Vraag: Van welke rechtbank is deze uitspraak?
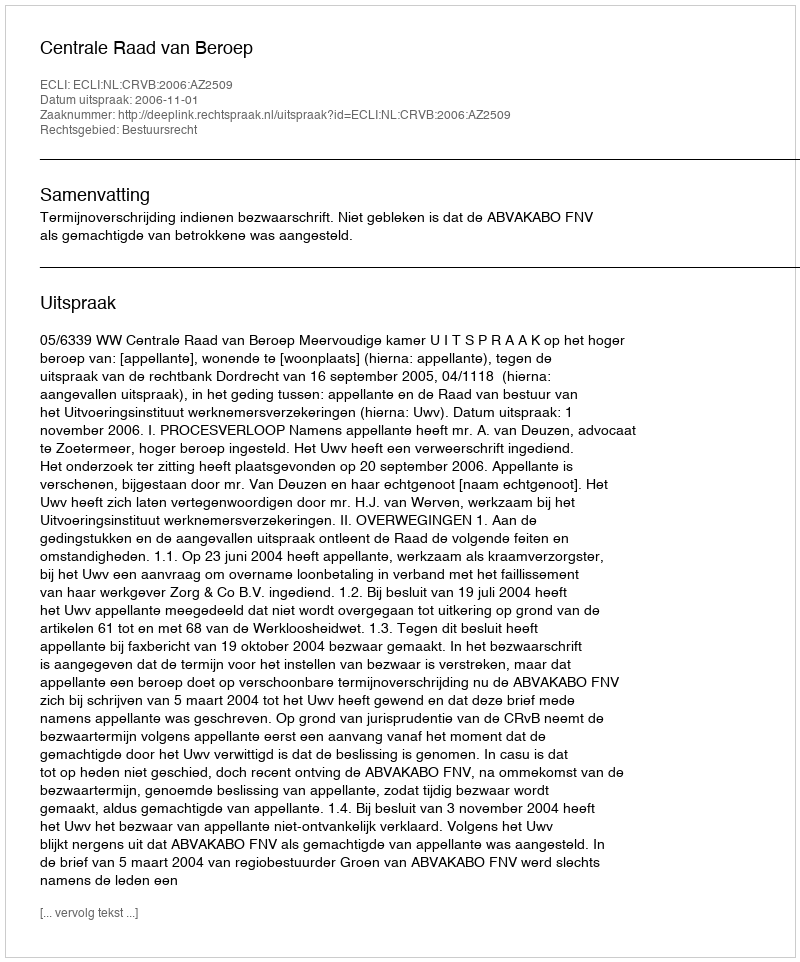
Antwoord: Centrale Raad van Beroep